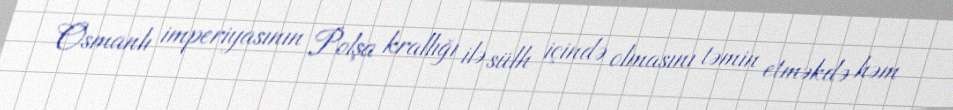
Osmanlı imperiyasının Polşa krallığı ilə sülh içində olmasını təmin etməkdə həm